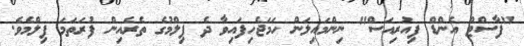
"ފާސްޓް އެންޑް ފިއުރިއަސް" ނިންމައިލަން ހަމަޖެހިފައިވާ ދެ ފިލްމުގެ ތެރެއިން ފުރަތަމަ ފިލްމެވެ.